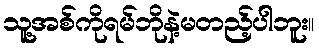
သူ့အစ်ကိုရမ်ဘိုနဲ့မတည့်ပါဘူး။